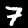
Label: 7